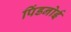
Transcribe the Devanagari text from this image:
पिंडनोई